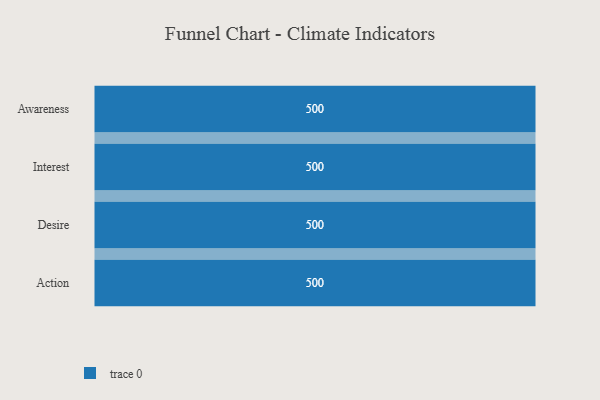
{"axis": {"x": "Stage", "y": "Value"}, "legend": [""], "data": [{"x": "Awareness", "y": 500, "type": ""}, {"x": "Interest", "y": 500, "type": ""}, {"x": "Desire", "y": 500, "type": ""}, {"x": "Action", "y": 500, "type": ""}]}